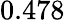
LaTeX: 0.478